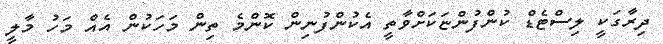
ދިރާގަކީ ލިސްޓެޑް ކުންފުންޏަކަށްވާތީ އެކުންފުނިން ކޮންމެ ތިން މަހަކުން އެއް މަހު މާލީ